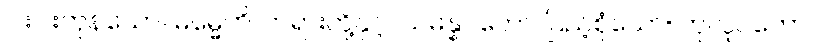
ငါးပါးကုန်သော။ ဓမ္မေဟိ၊ တရားတို့နှင့်။ သမန္နဂတော၊ ပြည့်စုံသော။ ကုလူပကော၊